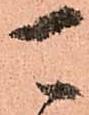
可